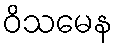
ဝိသမေန